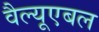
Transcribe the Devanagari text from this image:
वैल्यूएबल